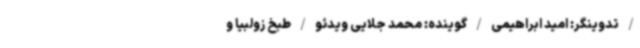
/ تدوینگر: امید ابراهیمی / گوینده: محمد جلایی ویدئو / طبخ زولبیا و